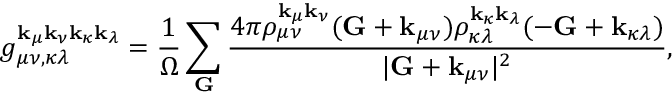
g _ { \mu \nu , \kappa \lambda } ^ { \mathbf { k } _ { \mu } \mathbf { k } _ { \nu } \mathbf { k } _ { \kappa } \mathbf { k } _ { \lambda } } = \frac { 1 } { \Omega } \sum _ { \mathbf { G } } \frac { 4 \pi \rho _ { \mu \nu } ^ { \mathbf { k } _ { \mu } \mathbf { k } _ { \nu } } ( \mathbf { G } + \mathbf { k } _ { \mu \nu } ) \rho _ { \kappa \lambda } ^ { \mathbf { k } _ { \kappa } \mathbf { k } _ { \lambda } } ( - \mathbf { G } + \mathbf { k } _ { \kappa \lambda } ) } { | \mathbf { G } + \mathbf { k } _ { \mu \nu } | ^ { 2 } } ,